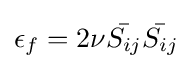
\epsilon _{f}=2\nu {\bar {S_{ij}}}{\bar {S_{ij}}}